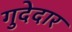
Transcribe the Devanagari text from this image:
गुदेदार